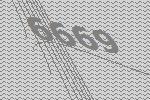
6669